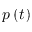
p \left( t \right)